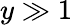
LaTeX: y\gg 1